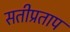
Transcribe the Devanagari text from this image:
सतीप्रताप